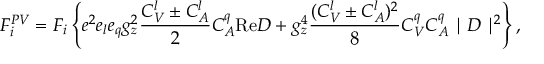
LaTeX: { \cal F } _ { i } ^ { P V } = F _ { i } \left\{ e ^ { 2 } e _ { l } e _ { q } g _ { z } ^ { 2 } \frac { C _ { V } ^ { l } \pm C _ { A } ^ { l } } { 2 } C _ { A } ^ { q } \mathrm { R e } D + g _ { z } ^ { 4 } \frac { ( C _ { V } ^ { l } \pm C _ { A } ^ { l } ) ^ { 2 } } { 8 } C _ { V } ^ { q } C _ { A } ^ { q } \mid D \mid ^ { 2 } \right\} ,